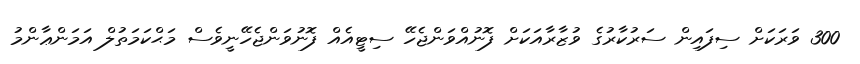
300 ވަރަކަށް ސިފައިން ސަރުކާރުގެ ވުޒާރާއަކަށް ފޮނުއްވަންޖެހޭ ސިޓީއެއް ފޮނުވަންޖެހޭނީވެސް މަޙްކަމަތުލް އަމަންޢާންމު